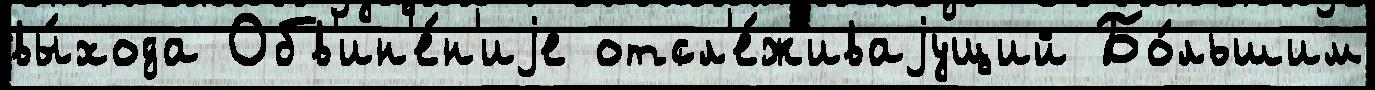
вы́хода Обв'ин'е́н'иjе отсл'е́живаjущий Бо́льшим